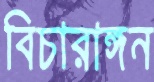
বিচারাঙ্গন